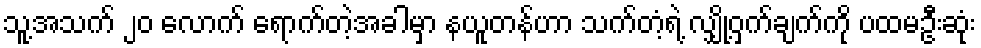
သူ့အသက် ၂၀ လောက် ရောက်တဲ့အခါမှာ နယူတန်ဟာ သက်တံ့ရဲ့ လျှို့ဝှက်ချက်ကို ပထမဦးဆုံး